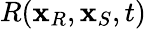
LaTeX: R(\mathbf{x}_{R},\mathbf{x}_{S},t)